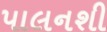
પાલનશી